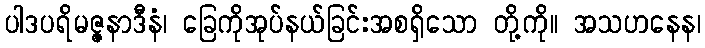
ပါဒပရိမဇ္ဇနာဒီနံ၊ ခြေကိုအုပ်နယ်ခြင်းအစရှိသော တို့ကို။ အသဟနေန၊